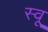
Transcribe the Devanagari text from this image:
स्वू